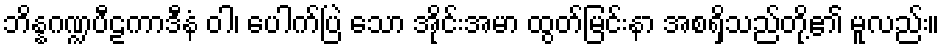
ဘိန္နဂဏ္ဍပီဠကာဒီနံ ဝါ၊ ပေါက်ပြဲ သော အိုင်းအမာ ထွတ်မြင်းနာ အစရှိသည်တို့၏ မူလည်း။